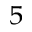
^ 5